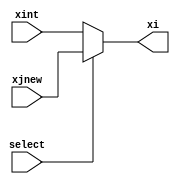
module mux(xint,xjnew,select,xi);
input [7:0] xint, xjnew;
input select;
output [7:0] xi;
reg[7:0]xi;
always @ (xint or xjnew or select)
begin
if (select == 1'b0)
xi = xint;
else
xi = xjnew;
end
endmodule